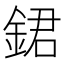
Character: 𨧡